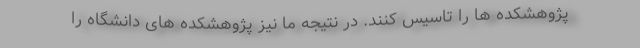
پژوهشکده ها را تاسیس کنند. در نتیجه ما نیز پژوهشکده های دانشگاه را